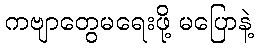
ကဗျာတွေမရေးဖို့ မပြောနဲ့